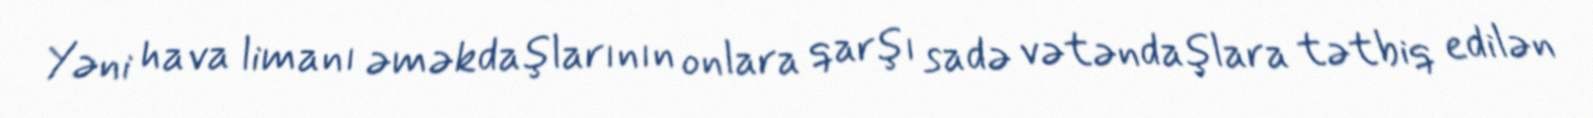
Yəni hava limanı əməkdaşlarının onlara qarşı sadə vətəndaşlara tətbiq edilən